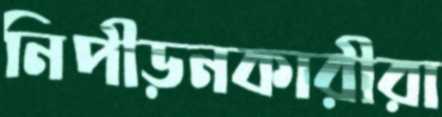
নিপীড়নকারীরা